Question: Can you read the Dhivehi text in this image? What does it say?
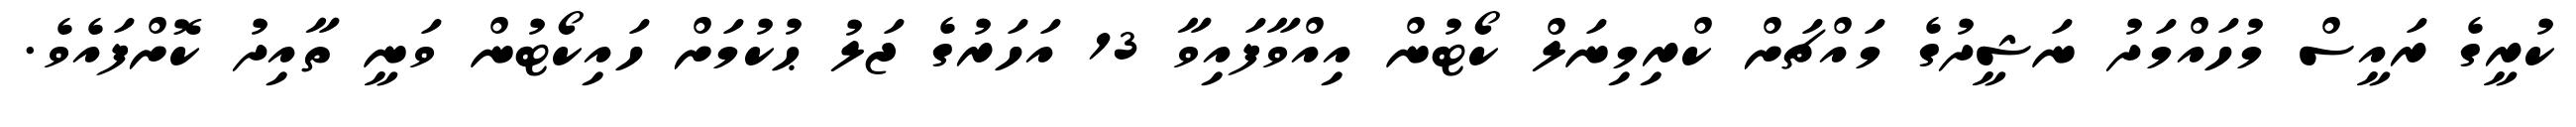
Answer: ކުރީގެ ރައީސް މުހައްމަދު ނަޝީދުގެ މައްޗަށް ކްރިމިނަލް ކޯޓުން އިއްވާފައިވާ 13 އަހަރުގެ ޖަލު ޙުކުމަށް ހައިކޯޓުން ވަނީ ތާއިދު ކޮށްފައެވެ.